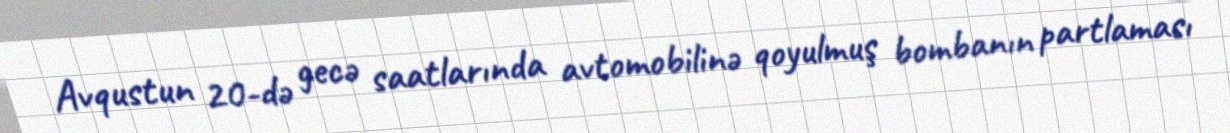
Avqustun 20-də gecə saatlarında avtomobilinə qoyulmuş bombanın partlaması